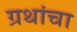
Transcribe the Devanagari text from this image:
ग्रथांचा